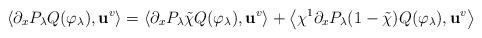
LaTeX: \begin{align*}\left\langle \partial_x P_\lambda Q(\varphi_\lambda),\mathbf{u}^v\right\rangle&=\left\langle \partial_x P_\lambda \tilde{\chi}Q(\varphi_\lambda),\mathbf{u}^v\right\rangle+\left\langle \chi^1\partial_x P_\lambda(1-\tilde{\chi})Q(\varphi_\lambda),\mathbf{u}^v\right\rangle \end{align*}